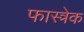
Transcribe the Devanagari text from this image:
फास्त्रेक